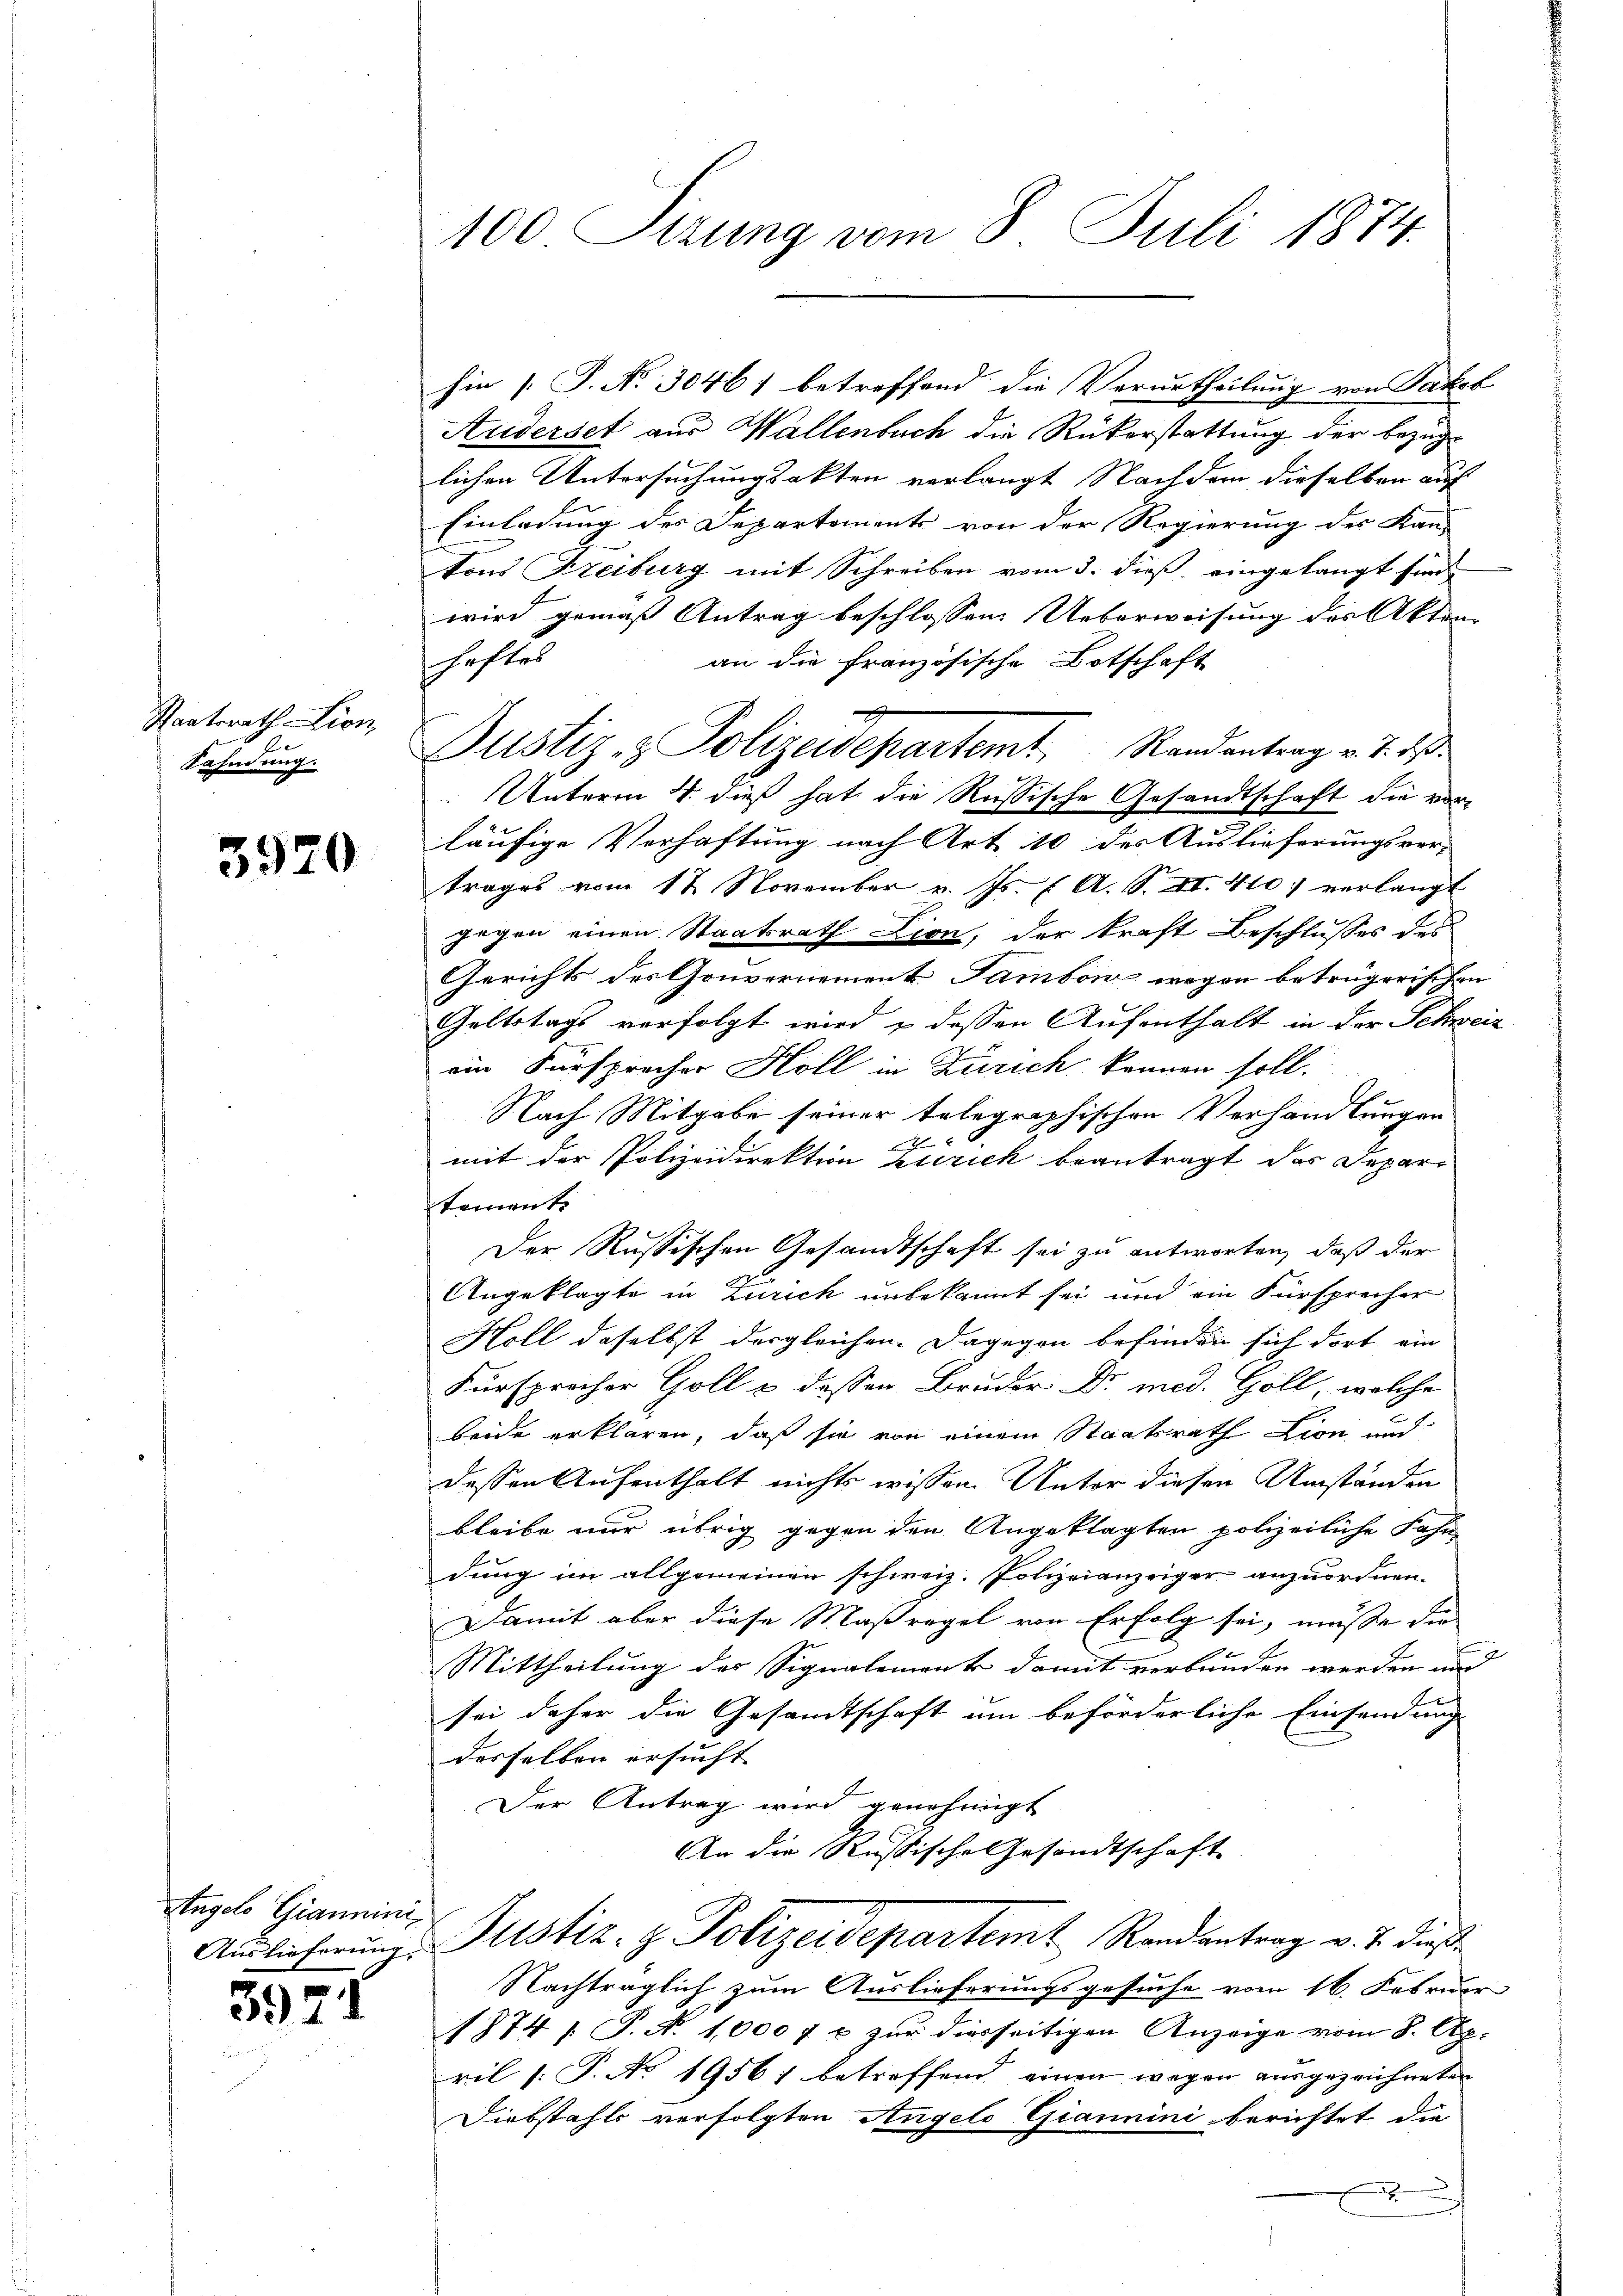
Staatsrath Lion,
Sahndung.

3920

Angels Gramminis

397)

100. Sizung vom 8. Juli 1874.

hin 1 S. No. 3046) betreffend die Verurtheilung von Jakob

Justiz- & Polizeidepartemt, Randantrag v. 2. ds.
Herrn

Auderset aus Wallenbuch die Rükerstattung der bezüglichen Untersuchungsakten verlangt Nachdem dieselben auf
Einladung des Departements von der Regierung des Kan-
tons Freiburg mit Schreiben vom 3. dieß, eingelangt sind.
wird gemäß Antrag beschlossen: Ueberweisung des Akten
schaftes
an die französische Botschaft
Unterm 4. dieß hat die Rußische Gesandtschaft die vor
läufige Verhaftung nach Art. 10 der Auslieferungsver-
trages vom 12 November v. Js. f. A. S. II. 410; verlangt
gegen einen Staatsrath Lion, der kraft Beschlußes des
Gerichts des Gouvernement. Tamboni wegen betrügerischen
Geltstags verfolgt wird & dessen Aufenthalt in der Schweiz
ein Fürsprocher Holl in Zürich können soll.
Nach Mitgabe seiner telegraphischen Verhandlungen
mit der Polizeidirektion Zürich beantragt das Departoment.
Der Russischen Gesandtschaft sei zu antworten, daß der
Angeklagte in Zürich unbekannt sei und ein Fürsprecher
Holl daselbst dergleichen. Dagegen befinden sich dort ein
Fürsprocher Goll & dessen Bruder Dr. med. Goll, welche
beide erklären, daß sie von einem Staatsrath Lion und
dessen Aufenthalt nichts wissen. Unter diesen Umständen
bleibe nur übrig gegen den Angeklagten polizeiliche Fahn
dung im allgemeinen schweiz. Polizeianzeiger anzuordnen.
Damit aber diese Maßregel von Erfolg sei, müsse die
Mittheilung des Signalement damit verbunden werden und
sei daher die Gesamtschaft um beförderliche Einsendung
desselben ersucht
Der Antrag wird genehmigt
An die Russische Gesandtschaft
Auslieferungs Justiz- & Polizeidepartemt Randantrag v. J. dieß
Nachträglich zum Auslieferungsgesuche vom 16. Februar
1874 (T. N. 1,0007 u. zur diesseitigen Anzeige vom 8. Ap.
ril 1. P. No 1956; betreffend einen wegen ausgezeichneten
Diebstahls verfolgten Angelo Giannini berichtet die

.